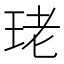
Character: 珯